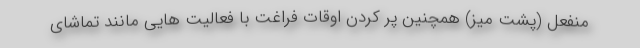
منفعل (پشت میز) همچنین پر کردن اوقات فراغت با فعالیت هایی مانند تماشای